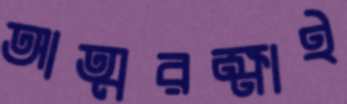
আত্মরক্ষাই